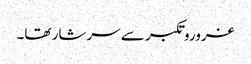
غروروتکبر سے سرشار تھا۔